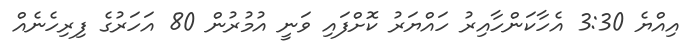
އިއްޔެ 3:30 އެހާކަންހާއިރު ހައްޔަރު ކޮށްފައި ވަނީ އުމުރުން 80 އަހަރުގެ ފިރިހެނެއް